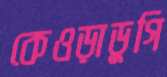
কেওড়াডুগি